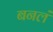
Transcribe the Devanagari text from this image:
बनलं